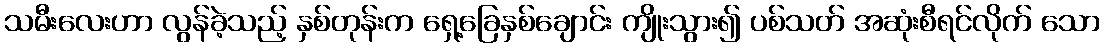
သမီးလေးဟာ လွန်ခဲ့သည့် နှစ်တုန်းက ရှေ့ခြေနှစ်ချောင်း ကျိုးသွား၍ ပစ်သတ် အဆုံးစီရင်လိုက် သော